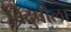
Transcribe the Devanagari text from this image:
विदुषीला